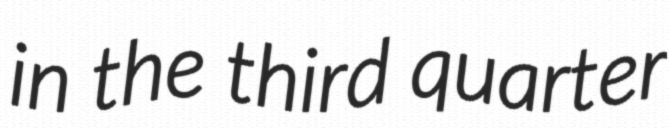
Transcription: in the third quarter